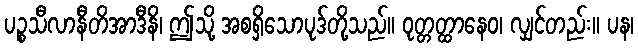
ပဉ္စသီလာနီတိအာဒီနိ၊ ဤသို့ အစရှိသောပုဒ်တို့သည်။ ဝုတ္တတ္ထာနေဝ၊ လျှင်တည်း။ ပန၊